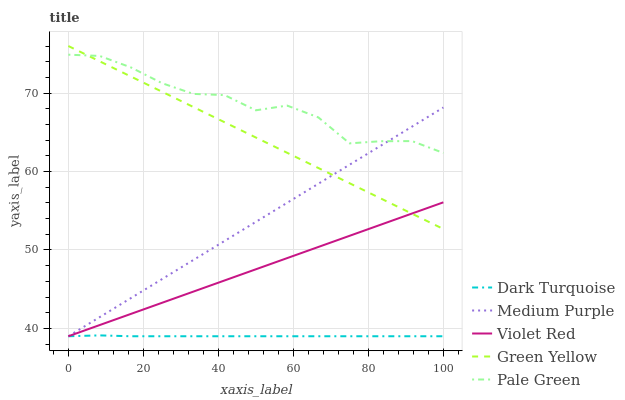
| xaxis_label | Dark Turquoise | Medium Purple | Violet Red | Green Yellow | Pale Green |
 | --- | --- | --- | --- | --- | --- |
 | 0 | 39 | 39 | 39 | 76 | 74.9 |
 | 8.33 | 39.1 | 41.4 | 40.4 | 74.1 | 74.7 |
 | 16.7 | 39 | 43.9 | 41.8 | 72.1 | 73.3 |
 | 25 | 39 | 46.3 | 43.3 | 70.2 | 71.3 |
 | 33.3 | 39 | 48.7 | 44.7 | 68.2 | 69.9 |
 | 41.7 | 39 | 51.2 | 46.1 | 66.3 | 69.7 |
 | 50 | 39 | 53.6 | 47.5 | 64.3 | 67.8 |
 | 58.3 | 39 | 56 | 49 | 62.4 | 68.4 |
 | 66.7 | 39 | 58.4 | 50.4 | 60.4 | 66.9 |
 | 75 | 39 | 60.9 | 51.8 | 58.5 | 63.6 |
 | 83.3 | 39 | 63.3 | 53.2 | 56.6 | 63.9 |
 | 91.7 | 39 | 65.7 | 54.7 | 54.6 | 63.9 |
 | 100 | 39 | 68.2 | 56.1 | 52.7 | 62.4 |